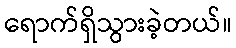
ရောက်ရှိသွားခဲ့တယ်။